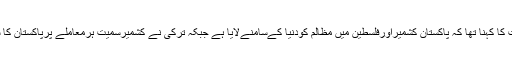
صدر مملکت کا کہنا تھا کہ پاکستان کشمیراورفلسطین میں مظالم کودنیا کےسامنےلایا ہے جبکہ ترکی نے کشمیرسمیت ہرمعاملے پرپاکستان کا ساتھ دیا ہے۔